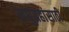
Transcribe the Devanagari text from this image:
लघुग्रहांसाठी